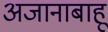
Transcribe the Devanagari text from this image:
अजानाबाहू